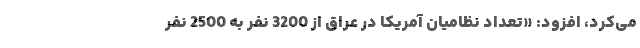
می‌کرد، افزود: «تعداد نظامیان آمریکا در عراق از 3200 نفر به 2500 نفر